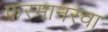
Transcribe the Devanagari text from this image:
फरमानरवा